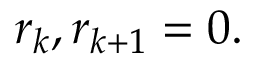
r _ { k } , r _ { k + 1 } = 0 .